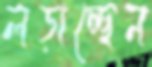
লড়াচ্ছেন